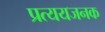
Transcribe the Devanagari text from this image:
प्रत्ययजनक